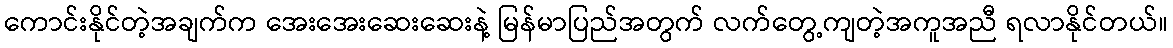
ကောင်းနိုင်တဲ့အချက်က အေးအေးဆေးဆေးနဲ့ မြန်မာပြည်အတွက် လက်တွေ့ကျတဲ့အကူအညီ ရလာနိုင်တယ်။